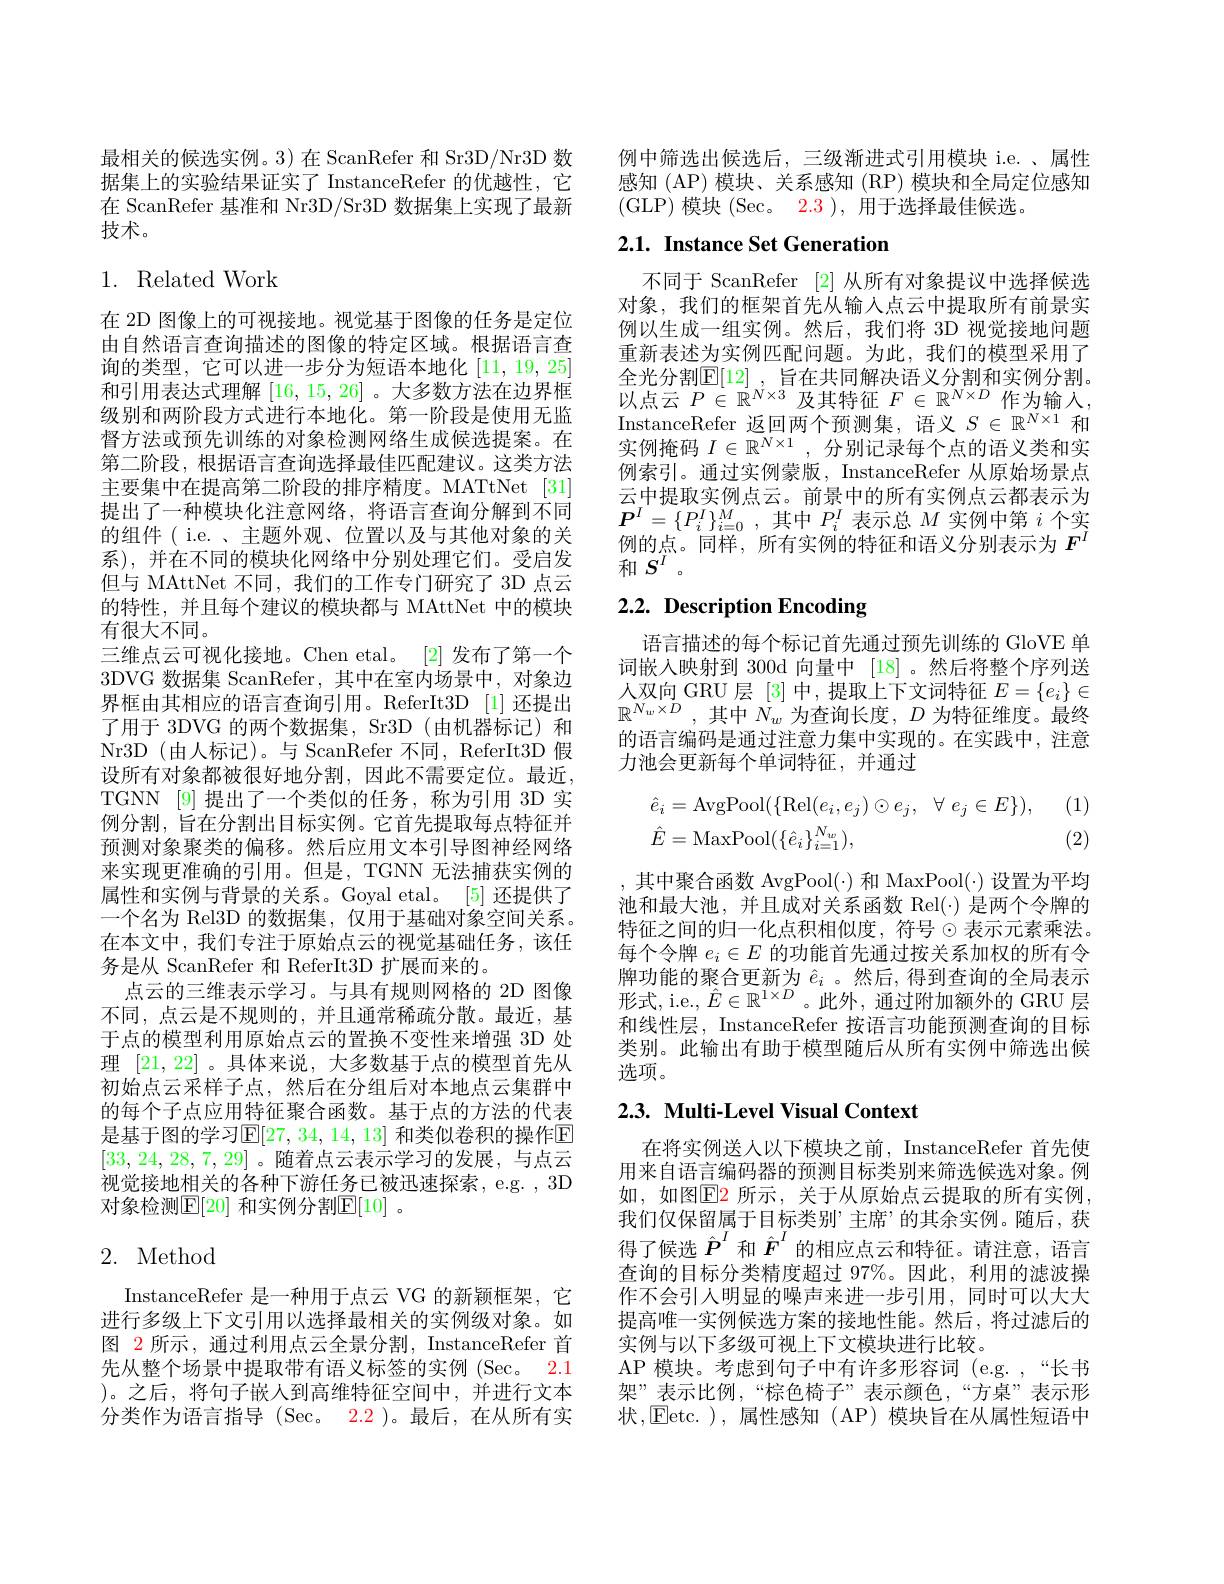
最相关的候选实例。3) 在 ScanRefer 和 Sr3D/Nr3D 数据集上的实验结果证实了 InstanceRefer 的优越性，它在 ScanRefer 基准和 Nr3D/Sr3D 数据集上实现了最新技术。

## 1. Related Work

在 2D 图像上的可视接地。视觉基于图像的任务是定位由自然语言查询描述的图像的特定区域。根据语言查询的类型，它可以进一步分为短语本地化[11,19,25] 和引用表达式理解[16,15,26] 。大多数方法在边界框级别和两阶段方式进行本地化。第一阶段是使用无监督方法或预先训练的对象检测网络生成候选提案。在第二阶段，根据语言查询选择最佳匹配建议。这类方法主要集中在提高第二阶段的排序精度。MATtNet [31] 提出了一种模块化注意网络，将语言查询分解到不同的组件( i.e. 、主题外观、位置以及与其他对象的关系),并在不同的模块化网络中分别处理它们。受启发但与 MAttNet 不同，我们的工作专门研究了 3D 点云的特性，并且每个建议的模块都与 MAttNet 中的模块有很大不同。
三维点云可视化接地。Chen etal。[2]发布了第一个3DVG 数据集 ScanRefer,其中在室内场景中，对象边界框由其相应的语言查询引用。ReferIt3D [1]还提出了用于 3DVG 的两个数据集，Sr3D (由机器标记)和Nr3D(由人标记)。与 ScanRefer 不同，ReferIt3D 假设所有对象都被很好地分割，因此不需要定位。最近TGNN [9]提出了一个类似的任务，称为引用 3D 实例分割，旨在分割出目标实例。它首先提取每点特征并预测对象聚类的偏移。然后应用文本引导图神经网络来实现更准确的引用。但是，TGNN 无法捕获实例的属性和实例与背景的关系。Goyal etal。[5] 还提供了一个名为 Rel3D 的数据集，仅用于基础对象空间关系。在本文中，我们专注于原始点云的视觉基础任务，该任务是从 ScanRefer 和 ReferIt3D 扩展而来的。
点云的三维表示学习。与具有规则网格的 2D 图像不同，点云是不规则的，并且通常稀疏分散。最近，基于点的模型利用原始点云的置换不变性来增强 3D 处理[21,22] 。具体来说，大多数基于点的模型首先从初始点云采样子点，然后在分组后对本地点云集群中的每个子点应用特征聚合函数。基于点的方法的代表是基于图的学习$\mathbb{E}[27,34,14,13]$ 和类似卷积的操作E [33,24,28,7,29]。随着点云表示学习的发展，与点云视觉接地相关的各种下游任务已被迅速探索，e.g. 3D 对象检测$\mathbb{E}[20]$ 和实例分割$\mathbb{E}[10]$ 。

## 2. Method

InstanceRefer 是一种用于点云 VG 的新颖框架，它进行多级上下文引用以选择最相关的实例级对象。如图 2 所示，通过利用点云全景分割，InstanceRefer 首先从整个场景中提取带有语义标签的实例(Sec。2.1 )。之后，将句子嵌人到高维特征空间中，并进行文本分类作为语言指导(Sec。2.2 )。最后，在从所有实

例中筛选出候选后，三级渐进式引用模块 i.e.、属性感知 (AP) 模块、关系感知 (RP) 模块和全局定位感知(GLP)模块(Sec。2.3),用于选择最佳候选。

## $2. 1. \textbf{ Instance Set Generation}$

不同于 ScanRefer [2] 从所有对象提议中选择候选对象，我们的框架首先从输入点云中提取所有前景实例以生成一组实例。然后，我们将 3D 视觉接地问题重新表述为实例匹配问题。为此，我们的模型采用了全光分割$\mathbb{E}[12]$, 旨在共同解决语义分割和实例分割。以点云$P\in\mathbb{R}^N\times3$及其特征$F\in\mathbb{R}^N\times D$作为输入， InstanceRefer 返回两个预测集，语义$S\in\mathbb{R}^N\times1$和实例掩码$I\in\mathbb{R}^{N\times1}$,分别记录每个点的语义类和实例索引。通过实例蒙版，InstanceRefer 从原始场景点云中提取实例点云。前景中的所有实例点云都表示为$\boldsymbol{P}^I=\{P_i^I\}_{i=0}^M$,其中$P_i^I$表示总$M$实例中第$i$个实例的点。同样，所有实例的特征和语义分别表示为$F^I$ 和$S^I$。

# $2. 2. \textbf{ Description Encoding}$

语言描述的每个标记首先通过预先训练的 GloVE 单词嵌人映射到 300d 向量中 [18]。然后将整个序列送人双向 GRU 层[3]中，提取上下文词特征$E=\{e_i\}\in$ $\mathbb{R} ^{N_w\times D}$ ,其中$N_w$为查询长度，$D$为特征维度。最终的语言编码是通过注意力集中实现的。在实践中，注意力池会更新每个单词特征，并通过

(1)
$$\begin{aligned}&\hat{e}_{i}=\mathrm{AvgPool}(\{\mathrm{Rel}(e_{i},e_{j})\odot e_{j},\:\forall\:e_{j}\in E\}),\\&\hat{E}=\mathrm{MaxPool}(\{\hat{e}_{i}\}_{i=1}^{N_{w}}),\end{aligned}$$
(2)

,其中聚合函数 AvgPool(·) 和 MaxPool(·) 设置为平均池和最大池，并且成对关系函数 Rel(·)是两个令牌的特征之间的归一化点积相似度，符号$\odot$表示元素乘法。每个令牌$e_i\in E$的功能首先通过按关系加权的所有令牌功能的聚合更新为$\hat{e}_i$ 。然后，得到查询的全局表示形式，i.e., $\hat{E}\in\mathbb{R}^{1\times D}$ 。此外，通过附加额外的 GRU 层和线性层，InstanceRefer 按语言功能预测查询的目标类别。此输出有助于模型随后从所有实例中筛选出候选项。

# 2.3. Multi-Level Visual Context

在将实例送人以下模块之前，InstanceRefer 首先使用来自语言编码器的预测目标类别来筛选候选对象。例如，如图$\boxed{\mathrm{E}}2$ 所示，关于从原始点云提取的所有实例， 我们仅保留属于目标类别”主席”的其余实例。随后，获得了候选$\hat{P}^I$和$\hat{F}^I$的相应点云和特征。请注意，语言查询的目标分类精度超过 97%。因此，利用的滤波操作不会引人明显的噪声来进一步引用，同时可以大大提高唯一实例候选方案的接地性能。然后，将过滤后的实例与以下多级可视上下文模块进行比较。
AP 模块。考虑到句子中有许多形容词 (e.g.,“长书架”表示比例，“棕色椅子”表示颜色，“方桌”表示形状，Eetc.), 属性感知 (AP)模块旨在从属性短语中